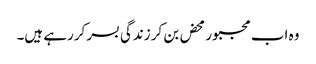
وہ اب مجبورمحض بن کر زندگی بسر کررہے ہیں۔